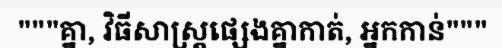
"""គ្នា, វិធីសាស្ត្រផ្សេងគ្នាកាត់, អ្នកកាន់"""